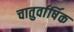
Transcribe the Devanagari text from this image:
चातुर्वार्षिक